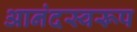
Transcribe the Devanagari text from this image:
आनंदस्वरूप